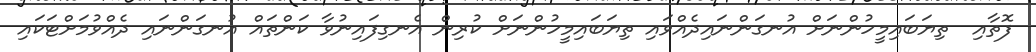
ފޮތާއި  ތިޔަބައިމީހުންނަށް އުނގަންނައިދެއްވައި ތިޔަބައިމީހުންނަށް ކުރިން އެނގިފައިނުވާ ކަންތައް އުނގަންނައި ދެއްވުމަށްޓަކައި